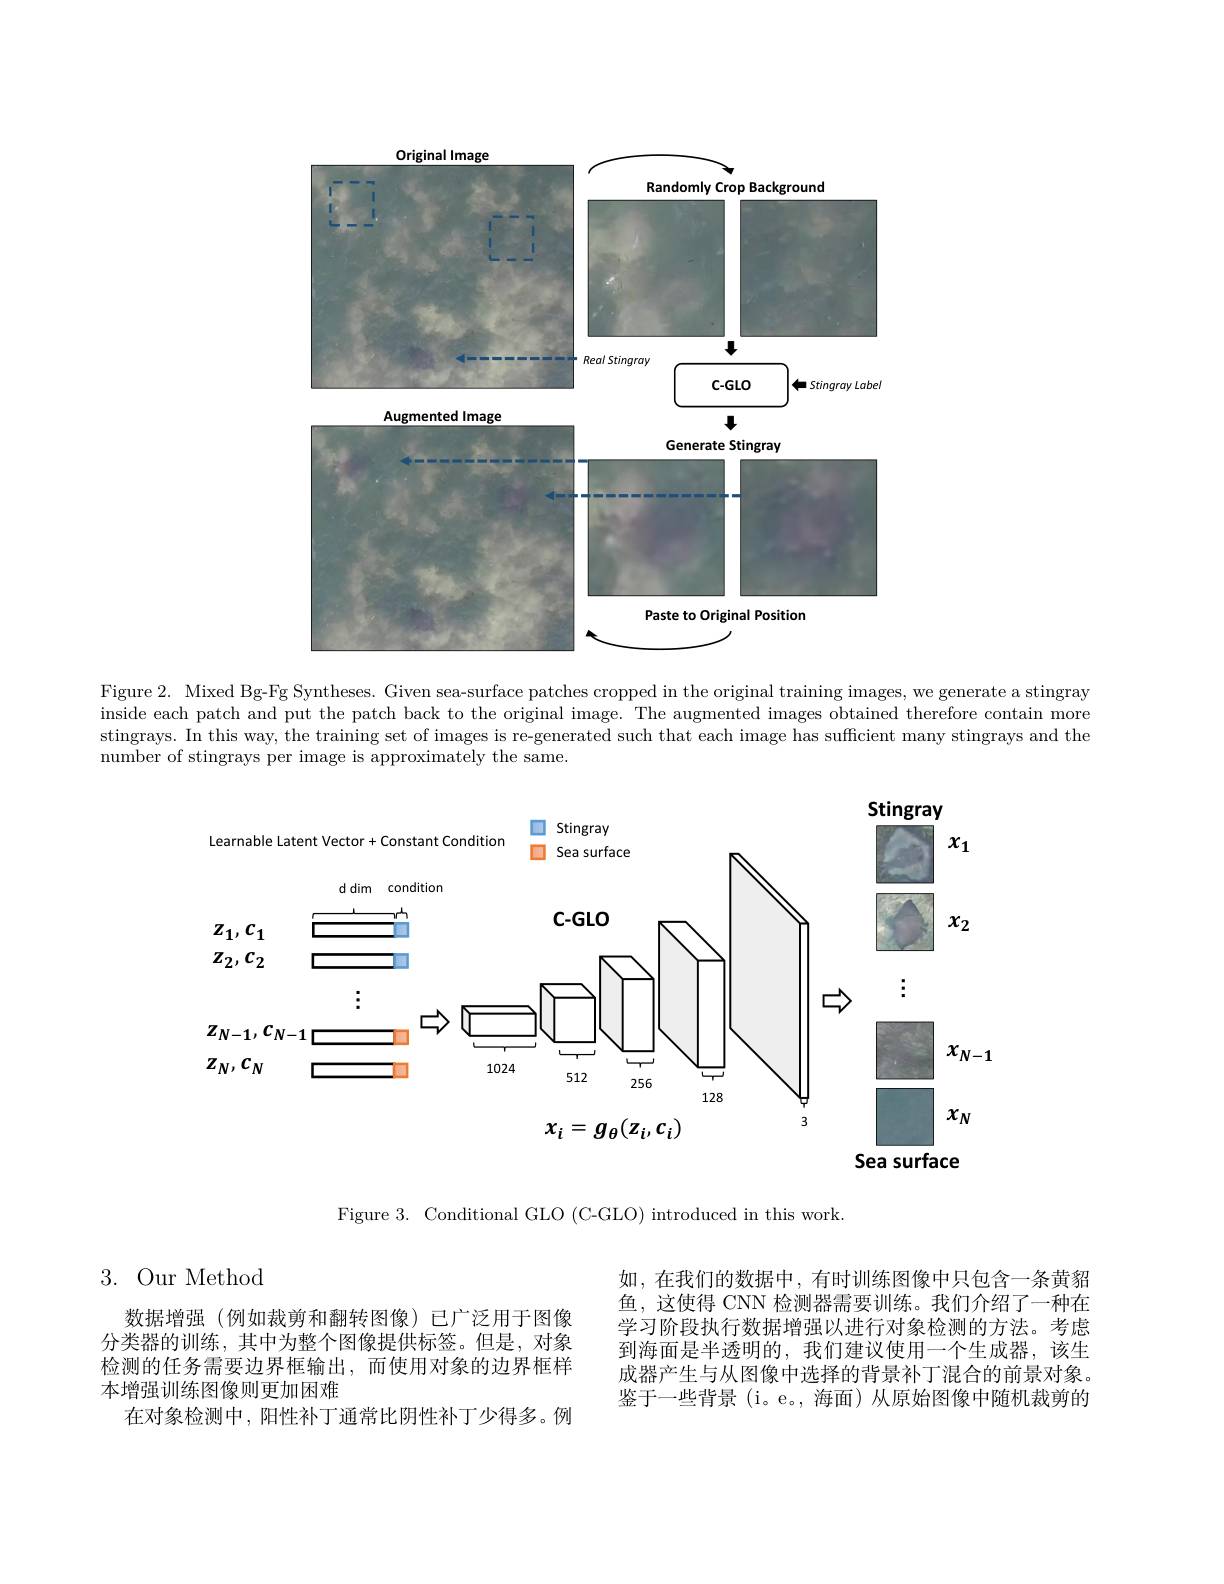
<FigureHere>

Figure 2. Mixed Bg-Fg Syntheses. Given sea-surface patches cropped in the original training images, we generate a stingray inside each patch and put the patch back to the original image. The augmented images obtained therefore contain more stingrays. In this way, the training set of images is re-generated such that each image has sufficient many stingrays and the number of stingrays per image is approximately the same.

<FigureHere>
$x_N$

$x_i=g_\theta(z_i,c_i)$

Sea surface

Figure 3. Conditional GLO (C-GLO) introduced in this work

3. Our Method

数据增强(例如裁剪和翻转图像)已广泛用于图像分类器的训练，其中为整个图像提供标签。但是，对象检测的任务需要边界框输出，而使用对象的边界框样本增强训练图像则更加困难
在对象检测中，阳性补丁通常比阴性补丁少得多。例

如，在我们的数据中，有时训练图像中只包含一条黄貂鱼，这使得 CNN 检测器需要训练。我们介绍了一种在学习阶段执行数据增强以进行对象检测的方法。考虑到海面是半透明的，我们建议使用一个生成器，该生成器产生与从图像中选择的背景补丁混合的前景对象。鉴于一些背景(i。e。,海面)从原始图像中随机裁剪的